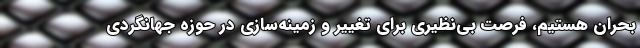
بحران هستیم، فرصت بی‌نظیری برای تغییر و زمینه‌سازی در حوزه جهانگردی